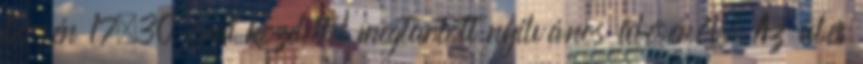
12-én 17.30 órai kezdettel megtartott nyilvános üléséről. Az ülés